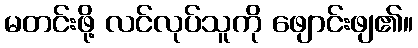
မတင်းဖို့ လင်လုပ်သူကို ဖျောင်းဖျ၏။